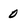
Character: 0